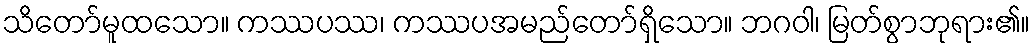
သိတော်မူထသော။ ကဿပဿ၊ ကဿပအမည်တော်ရှိသော။ ဘဂဝါ၊ မြတ်စွာဘုရား၏။